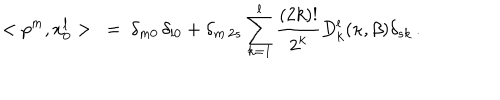
< p ^ { m } , x _ { 0 } ^ { l } > \ = \ \delta _ { m 0 } \, \delta _ { l 0 } + \delta _ { m \, 2 s } \sum _ { k = 1 } ^ { l } \frac { ( 2 k ) ! } { 2 ^ { k } } D _ { k } ^ { l } ( \kappa , \beta ) \delta _ { s k } \, .